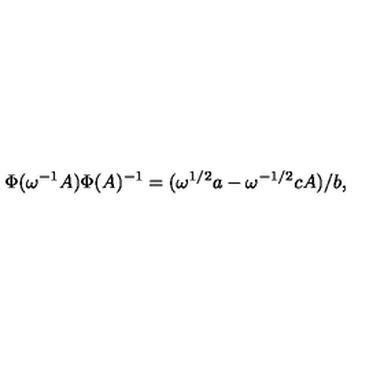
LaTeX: { } \Phi ( \omega ^ { - 1 } A ) \Phi ( A ) ^ { - 1 } = ( \omega ^ { 1 / 2 } a - \omega ^ { - 1 / 2 } c A ) / b ,